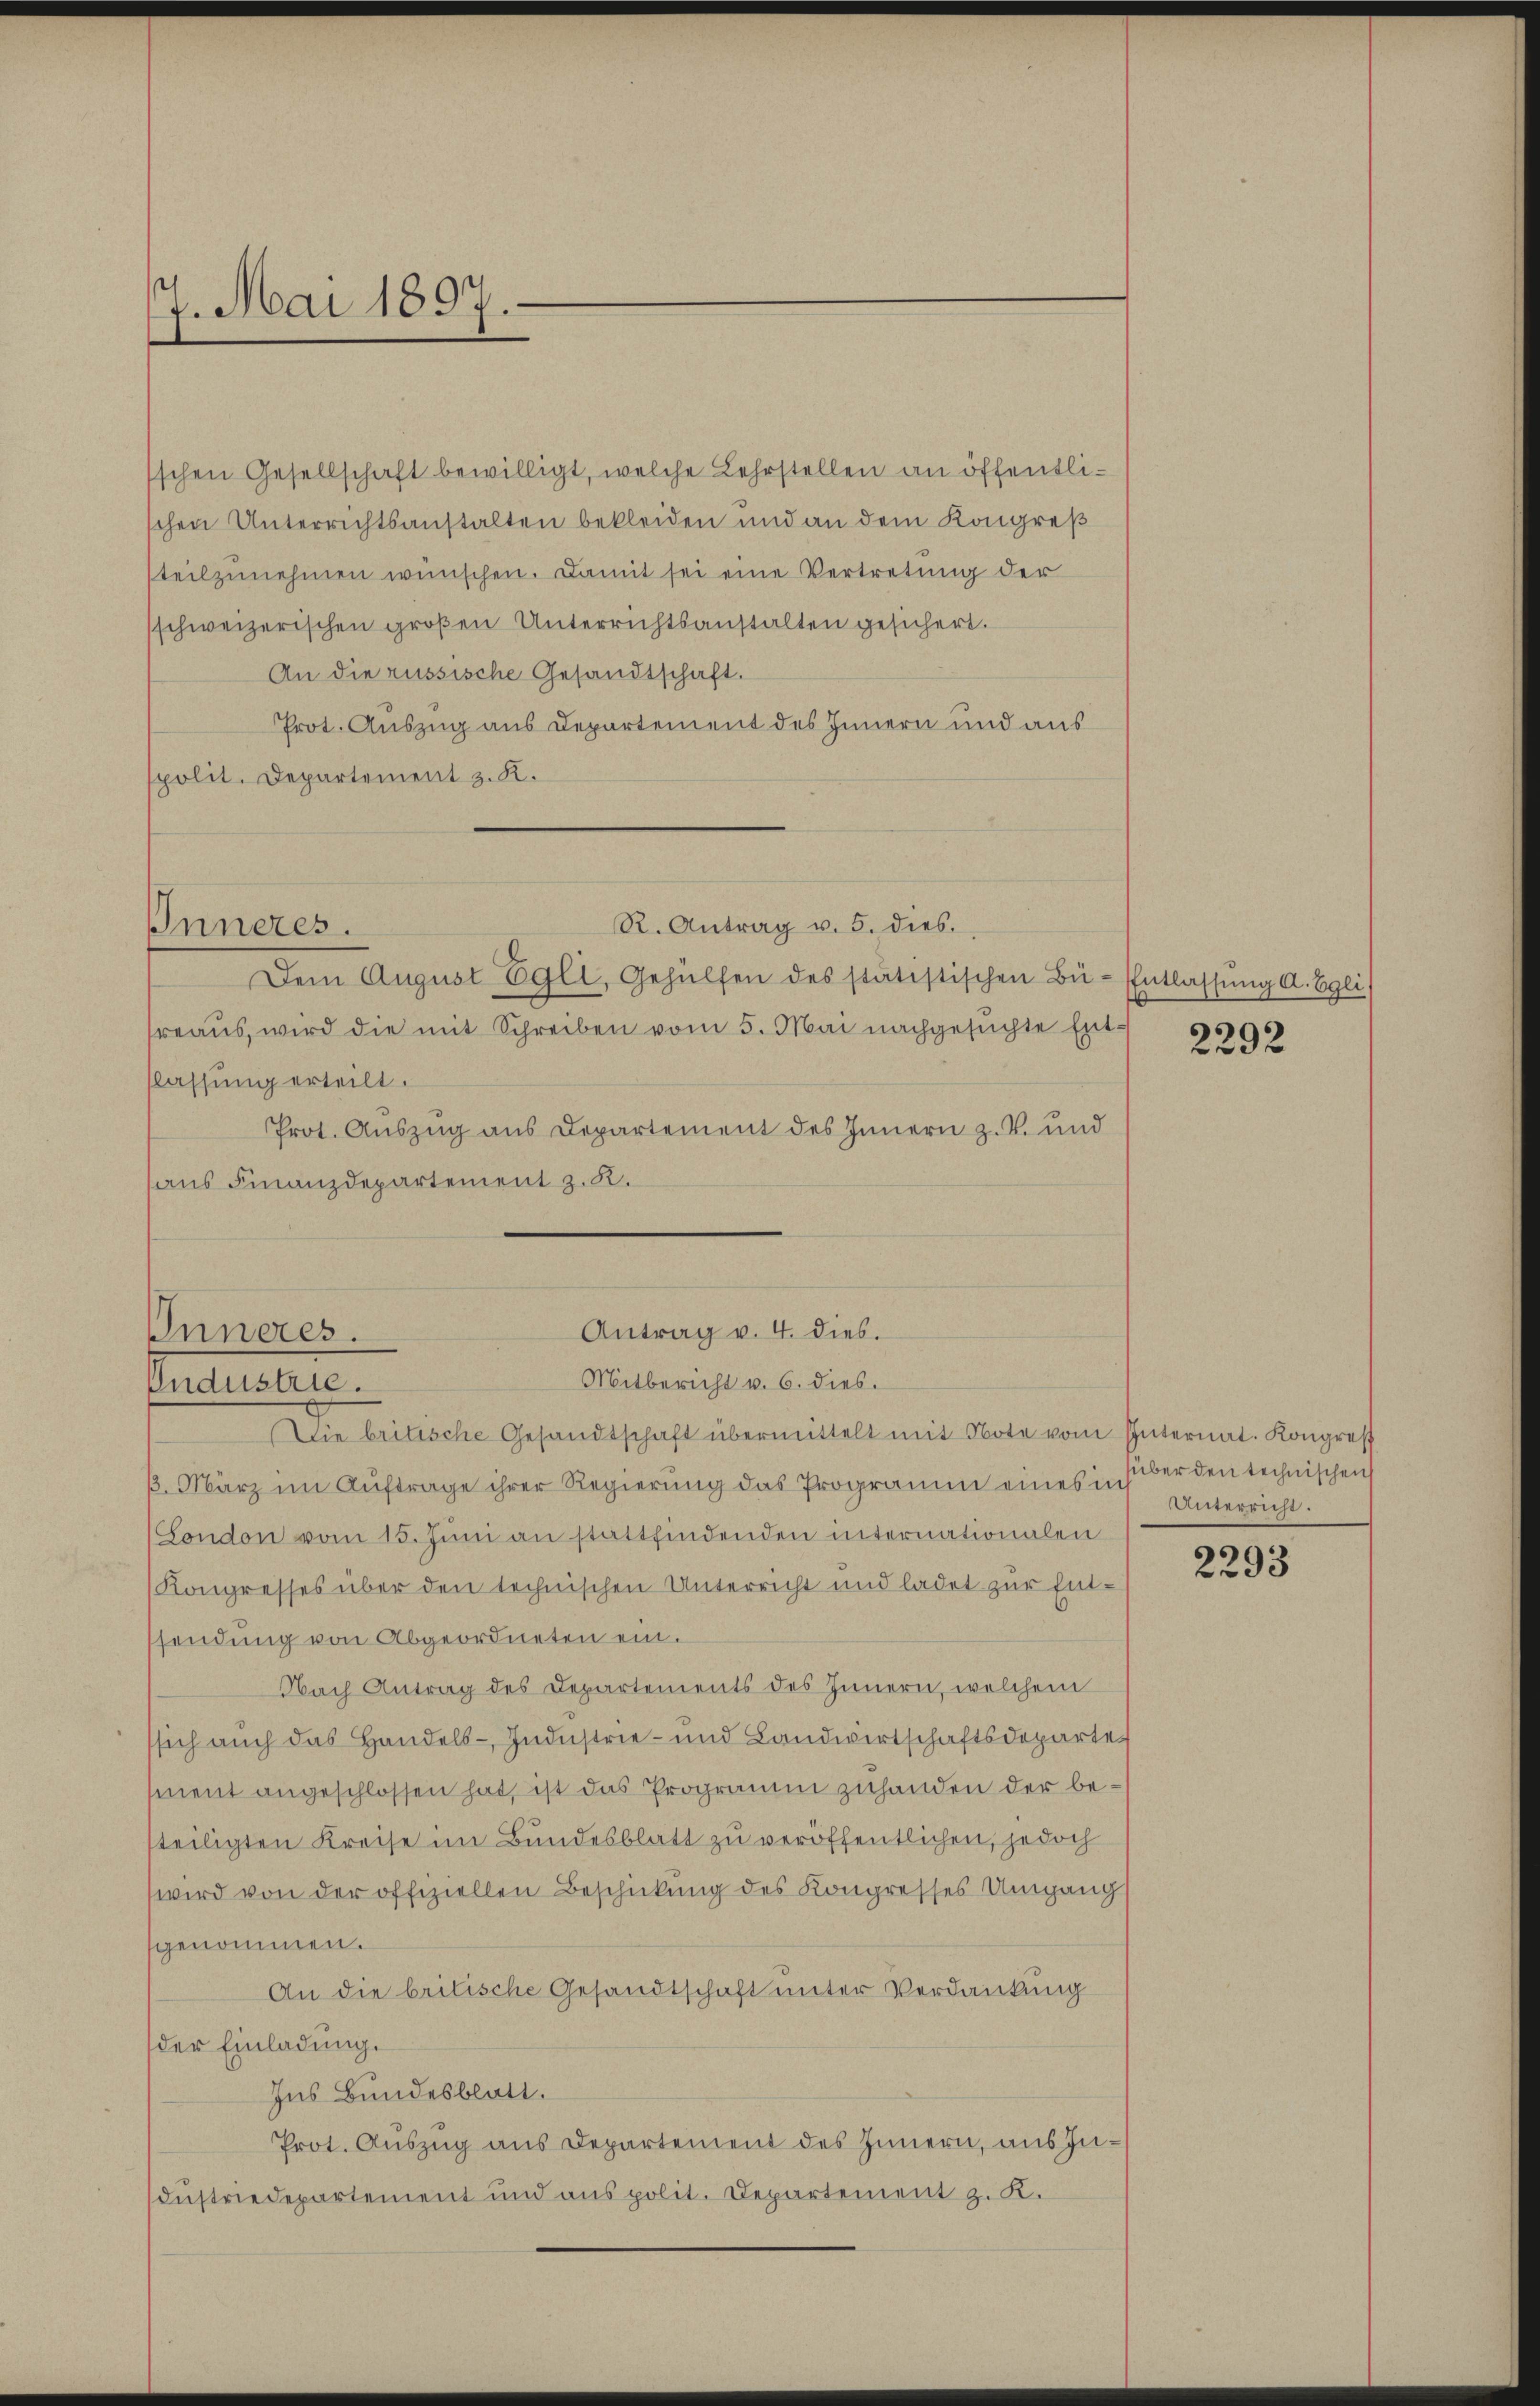
7. Mai 1897.

schen Gesellschaft bewilligt, welche Lehrstellen an öffentlischen Unterrichtsanstalten bekleiden und an dem Kongreß
teilzunehmen wünschen. Damit sei eine Vertretung der
schweizerischen großen Unterrichtsanstalten gesichert.
An die russische Gesandtschaft.
Prot. Auszug aus Departement des Innern und aus
spolit. Departement z. K.

Inneres.

Inneres.
Industrie.

Dem August Egli, Gehülfen des statistischen Bü- Entlassŭng a. Eglis
reaŭs, wird die mit Schreiben vom 5. Mai nachgesuchte Ent- 9292
Classung erteilt.
Prot. Auszug aus Departement des Innern z. V. und
haus Finanzdepartement z. B.
Mitbericht v. 6. dies.
Die britische Gesandtschaft übermittelt mit Note vom Internat. Kongres
β. März im Aŭftrage ihrer Regierŭng das Programm eines in
Gondon vom 15. Juni an stattfindenden internationalen
Kongresses über den technischen Unterricht und ladet zur Entssendung von Abgeordneten ein.
Nach Antrag des Departements des Innern, welchem
sich auch das Handels-Industrie- und Landwirtschaftsdepartemnent angeschlossen hat, ist das Programm zuhanden der besteiligten Kreise im Bundesblatt zu veröffentlichen, jedoch
wird von der offiziellen Beschickung des Kongresses Umgang
genommen.
An die britische Gesandtschaft unter Verdankung
der Einladung.
Ins Bundesblatt.
Prot. Auszug aus Departement des Innern, aus Industriedepartement und aus polit. Departement z. K.

R. Antrag v. 5. dies

Antrag v. 4. dies.

über den technischen
Unterricht.

2293